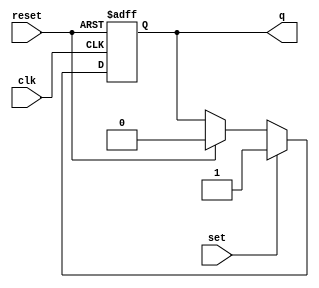
module sr_ff (
  input clk,
  input reset,
  input set,
  input reset,
  output reg q
);

always @(posedge clk or negedge reset) begin
  if (!reset) begin
    q <= 0;
  end else begin
    if (set) begin
      q <= 1;
    end else if (reset) begin
      q <= 0;
    end
  end
end

endmodule